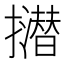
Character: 𢸝